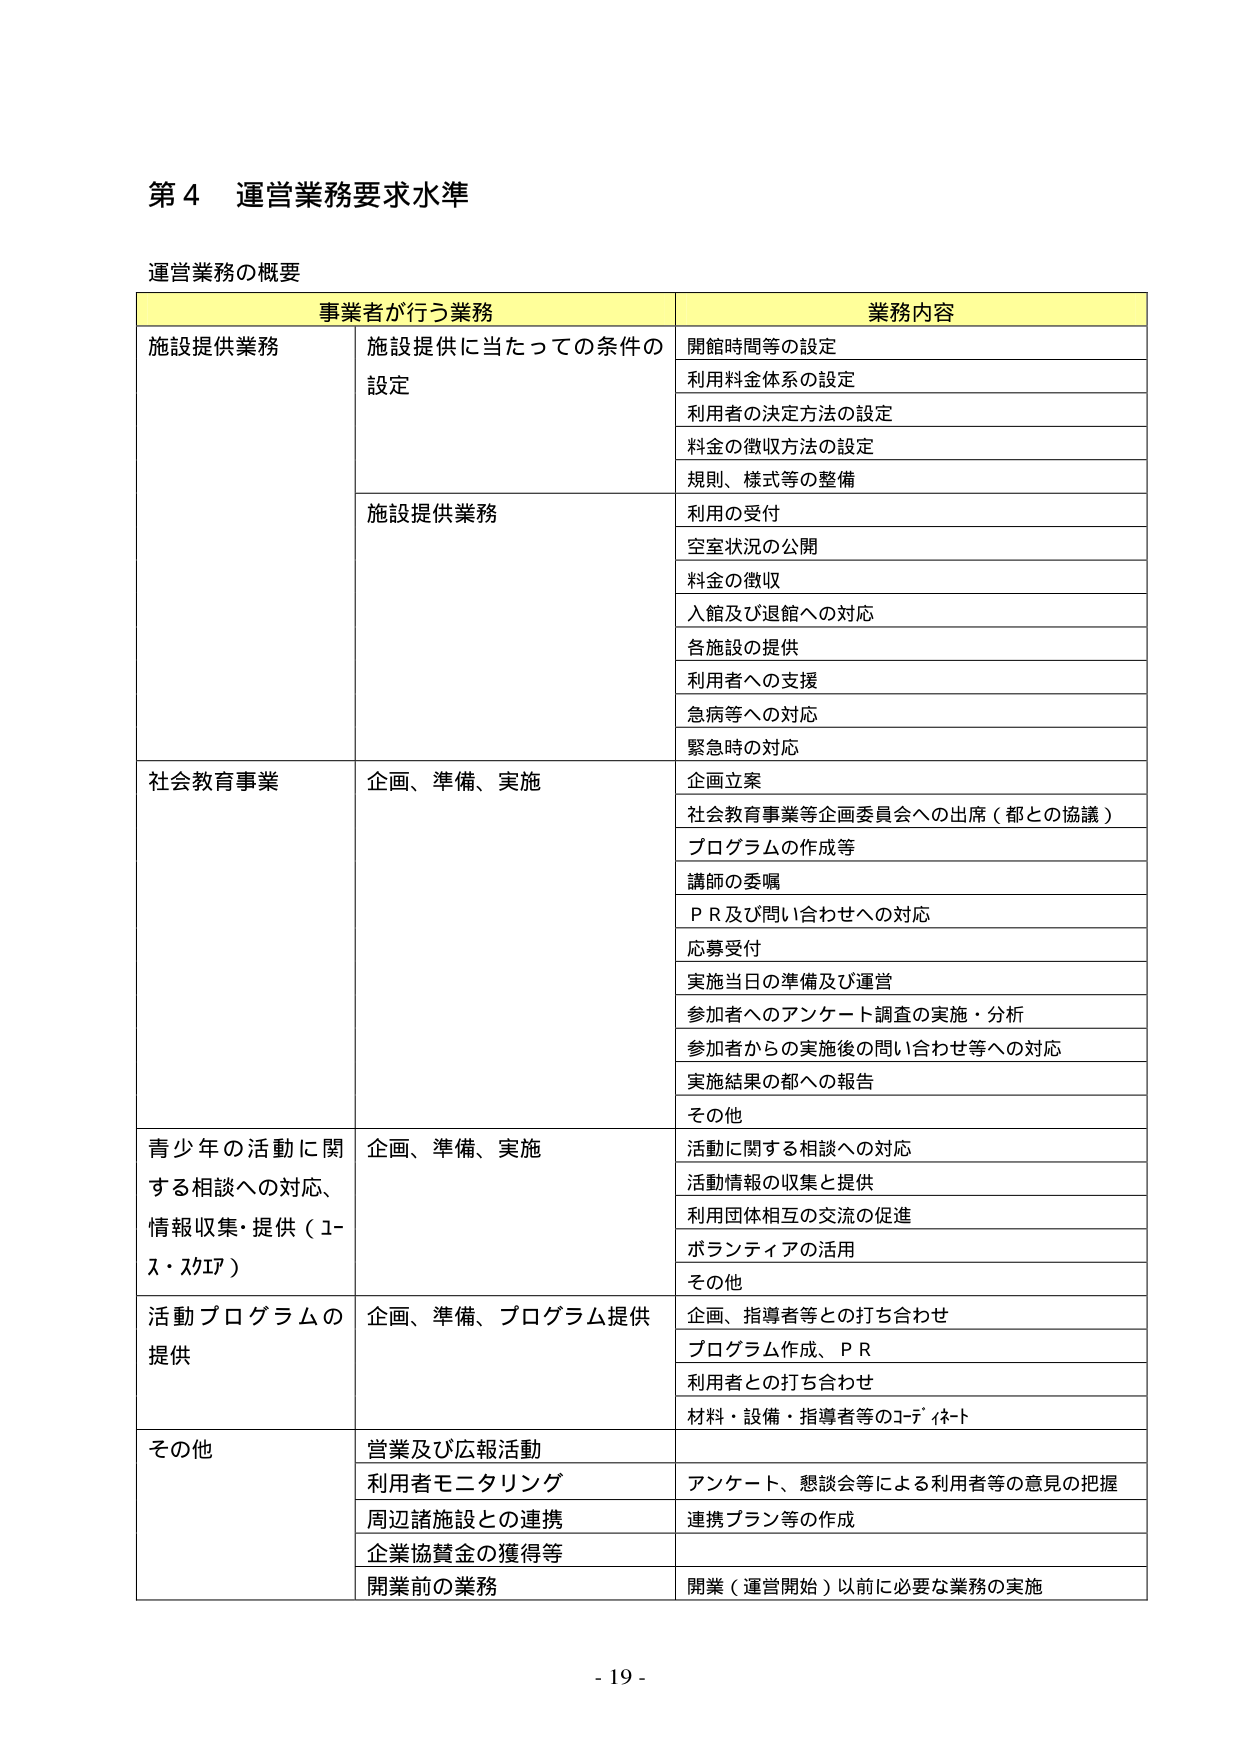
第４ 運営業務要求水準

運営業務の概要

事業者が行う業務 業務内容

施設提供業務 施設提供に当たっての条件の 設定 開館時間等の設定
利用料金体系の設定
利用者の決定方法の設定
料金の徴収方法の設定
規則、様式等の整備

施設提供業務 利用の受付
空室状況の公開
料金の徴収
入館及び退館への対応
各施設の提供
利用者への支援
急病等への対応
緊急時の対応

社会教育事業 企画、準備、実施 企画立案
社会教育事業等企画委員会への出席（都との協議）
プログラムの作成等
講師の委嘱
ＰＲ及び問い合わせへの対応
応募受付
実施当日の準備及び運営
参加者へのアンケート調査の実施・分析
参加者からの実施後の問い合わせ等への対応
実施結果の都への報告
その他

青少年の活動に関する相談への対応、情報収集・提供（J-ス・スクエア） 企画、準備、実施 活動に関する相談への対応
活動情報の収集と提供
利用団体相互の交流の促進
ボランティアの活用
その他

活動プログラムの提供 企画、準備、プログラム提供 企画、指導者等との打ち合わせ
プログラム作成、ＰＲ
利用者との打ち合わせ
材料・設備・指導者等のｺｰﾃﾞｨﾈｰﾄ

その他 営業及び広報活動
利用者モニタリング アンケート、懇談会等による利用者等の意見の把握
周辺諸施設との連携 連携プラン等の作成
企業協賛金の獲得等
開業前の業務 開業（運営開始）以前に必要な業務の実施

- 19 -